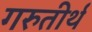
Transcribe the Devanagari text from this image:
गरुतीर्थ